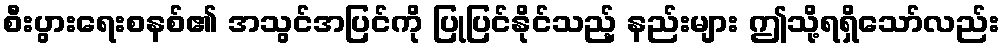
စီးပွားရေးစနစ်၏ အသွင်အပြင်ကို ပြုပြင်နိုင်သည့် နည်းများ ဤသို့ရရှိသော်လည်း